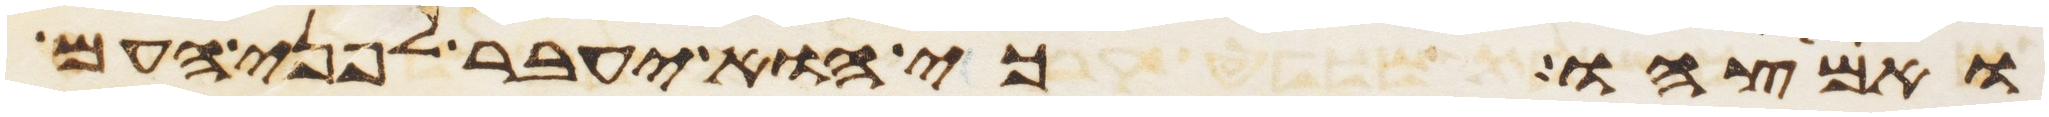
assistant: ואמצהו כי הוא יעבר לפני העם